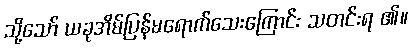
သို့သော် ယခုအိမ်ပြန်မရောက်သေးကြောင်း သတင်းရ ၏။